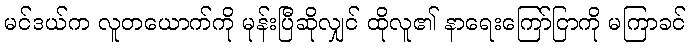
မင်ဒယ်က လူတယောက်ကို မုန်းပြီဆိုလျှင် ထိုလူ၏ နာရေးကြော်ငြာကို မကြာခင်